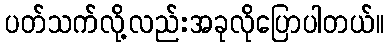
ပတ်သက်လို့လည်းအခုလိုပြောပါတယ်။